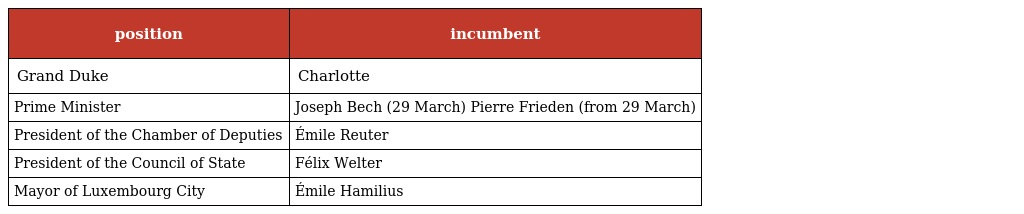
| position | incumbent |
 | --- | --- |
 | Grand Duke | Charlotte |
 | Prime Minister | Joseph Bech (29 March) Pierre Frieden (from 29 March) |
 | President of the Chamber of Deputies | Émile Reuter |
 | President of the Council of State | Félix Welter |
 | Mayor of Luxembourg City | Émile Hamilius |